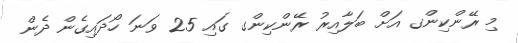
މި ރޭންކިންގ އަށް ބަލާއިރު ރޭންކިންގ ގައި 25 ވަނަ ހޯދައިގެން ދެން